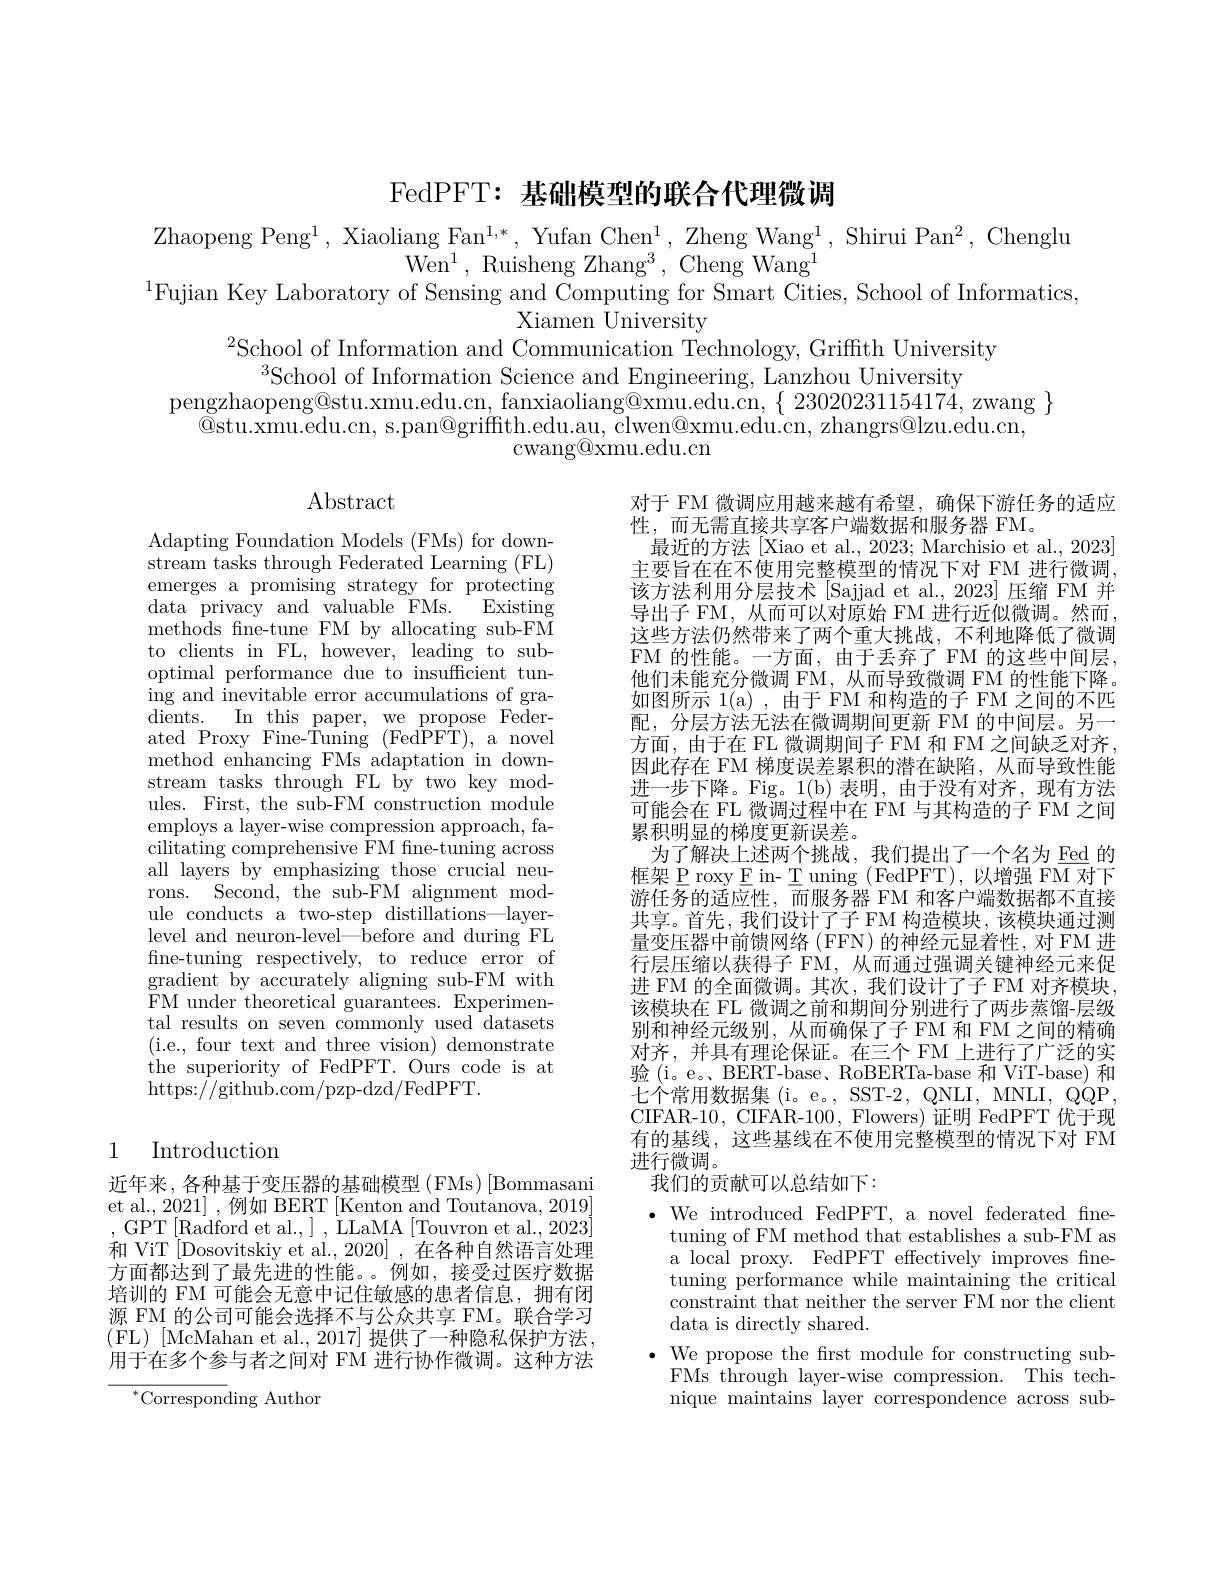
FedPFT:基础模型的联合代理微调

Zhaopeng Peng$^1$, Xiaoliang Fan$^1,*$, Yufan Chen$^1$, Zheng Wang$^1$, Shirui Pan$^2$, Chenglu
Wen$^1$,Ruisheng Zhang$^3$,Cheng Wang$^1$
$^{1}$Fujian Key Laboratory of Sensing and Computing for Smart Cities, School of Informatics,
Xiamen University
$^{2}$School of Information and Communication Technology, Griffth University
$^{3}$School of Information Science and Engineering, Lanzhou University
pengzhaopeng@stu.xmu.edu.cn, fanxiaoliang@xmu.edu.cn, $\{23020231154174$, zwang $\}$
$\bar{@}$stu.xmu.edu.cn, s.pan@griffth.edu.au, clwen@xmu.edu.cn, zhangrs@lzu.edu.cn,
cwang@xmu.edu.cn

# $\operatorname{Abstract}$

Adapting Foundation Models (FMs) for downstream tasks through Federated Learning (FL) emerges a promising strategy for protecting data$\overset{.}{\operatorname*{privacy}}$and$\overset{..}{\operatorname*{valuable}}{\operatorname*{FMs.}}\overset{..}{\operatorname*{Existing}}$ methods fne-tune FM by allocating sub-FM to clients in FL, however, leading to suboptimal performance due to insufficient tuning and inevitable error accumulations of gradients. In this paper, we propose Federated Proxy Fine-Tuning (FedPFT), a novel method enhancing FMs adaptation in downstream tasks through FL by two key modules. First, the sub-FM construction module employs a layer-wise compression approach, facilitating comprehensive FM fine-tuning across all layers by emphasizing those crucial neurons. Second, the sub-FM alignment module conducts a two-step distillations—layerlevel and neuron-level—before and during FL fine-tuning respectively, to reduce error of gradient by accurately aligning sub-FM with FM under theoretical guarantees. Experimental results on seven commonly used datasets ( i. e. , four text and three vision) demonstrate the superiority of FedPFT. Ours code is at https:$\bar{/}/$github.com/pzp-dzd/FedPFT.

对于 FM 微调应用越来越有希望，确保下游任务的适应
性，而无需直接共享客户端数据和服务器 FM。
最近的方法[Xiao et al., 2023; Marchisio et al., 2023] 主要旨在在不使用完整模型的情况下对 FM 进行微调， 该方法利用分层技术 [Sajjad et al., 2023] 压缩 FM 并导出子 FM, 从而可以对原始 FM 进行近似微调。然而， 这些方法仍然带来了两个重大挑战，不利地降低了微调FM 的性能。一方面，由于丢弃了 FM 的这些中间层， 他们未能充分微调 FM,从而导致微调 FM 的性能下降。如图所示 1(a),由于 FM 和构造的子 FM 之间的不匹配，分层方法无法在微调期间更新 FM 的中间层。另一方面，由于在 FL 微调期间子 FM 和 FM 之间缺乏对齐， 因此存在 FM 梯度误差累积的潜在缺陷，从而导致性能进一步下降。Fig。1(b)表明，由于没有对齐，现有方法可能会在 FL 微调过程中在 FM 与其构造的子 FM 之间累积明显的梯度更新误差。
为了解决上述两个挑战，我们提出了一个名为 Eed 的框架 P roxy E in- T uning (FedPFT),以增强 FM 对下游任务的适应性，而服务器 FM 和客户端数据都不直接共享。首先，我们设计了子 FM 构造模块，该模块通过测量变压器中前馈网络 (FFN) 的神经元显着性，对 FM 进行层压缩以获得子 FM, 从而通过强调关键神经元来促进 FM 的全面微调。其次，我们设计了子 FM 对齐模块， 该模块在 FL 微调之前和期间分别进行了两步蒸馏-层级别和神经元级别，从而确保了子 FM 和 FM 之间的精确对齐，并具有理论保证。在三个 FM 上进行了广泛的实验(i。e。BERT-base、RoBERTa-base 和 ViT-base) 和七个常用数据集 (i。e。, SST-2, QNLI, MNLI, QQP. CIFAR-10, CIFAR-100, Flowers) 证明 FedPFT 优于现有的基线，这些基线在不使用完整模型的情况下对 FM 进行微调。
我们的贡献可以总结如下：
$\bullet$ We introduced FedPFT, a novel federated fne-
tuning of FM method that establishes a sub-FM as a local proxy. FedPFT effectively improves fnetuning performance while maintaining the critical constraint that neither the server FM nor the client data is directly shared.
$\bullet$ We propose the frst module for constructing sub-
FMs through layer-wise compression. This technique maintains layer correspondence across sub-

## 1 Introduction

近年来，各种基于变压器的基础模型(FMs)[Bommasani et al., 2021] , 例如 BERT [Kenton and Toutanova, 2019] , GPT[Radford et al.],LLaMA[Touvron et al.,2023] 和 ViT [Dosovitskiy et al.,2020] ,在各种自然语言处理方面都达到了最先进的性能。。例如，接受过医疗数据培训的 FM 可能会无意中记住敏感的患者信息，拥有闭源 FM 的公司可能会选择不与公众共享 FM。联合学习(FL)[McMahan et al., 2017]提供了一种隐私保护方法， 用于在多个参与者之间对 FM 进行协作微调。这种方法

$^{*}$Corresponding Author